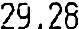
29.28